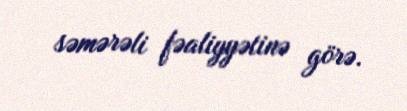
səmərəli fəaliyyətinə görə.